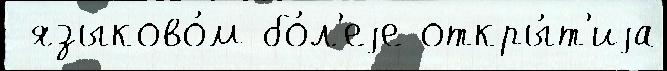
 языково́м бо́л'еjе откры́т'иjа